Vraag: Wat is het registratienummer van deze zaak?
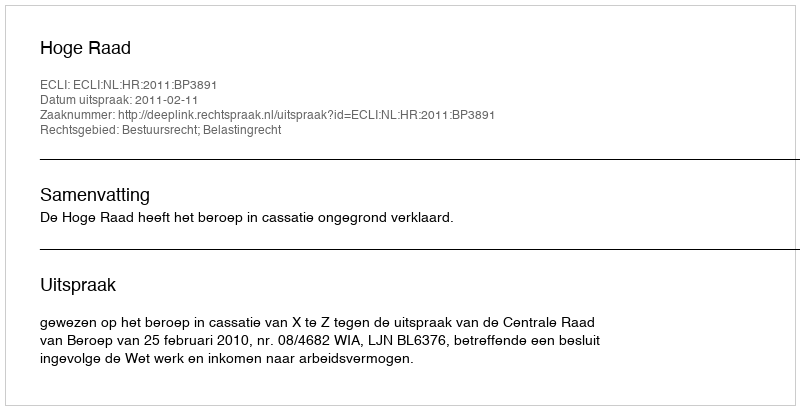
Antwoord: http://deeplink.rechtspraak.nl/uitspraak?id=ECLI:NL:HR:2011:BP3891